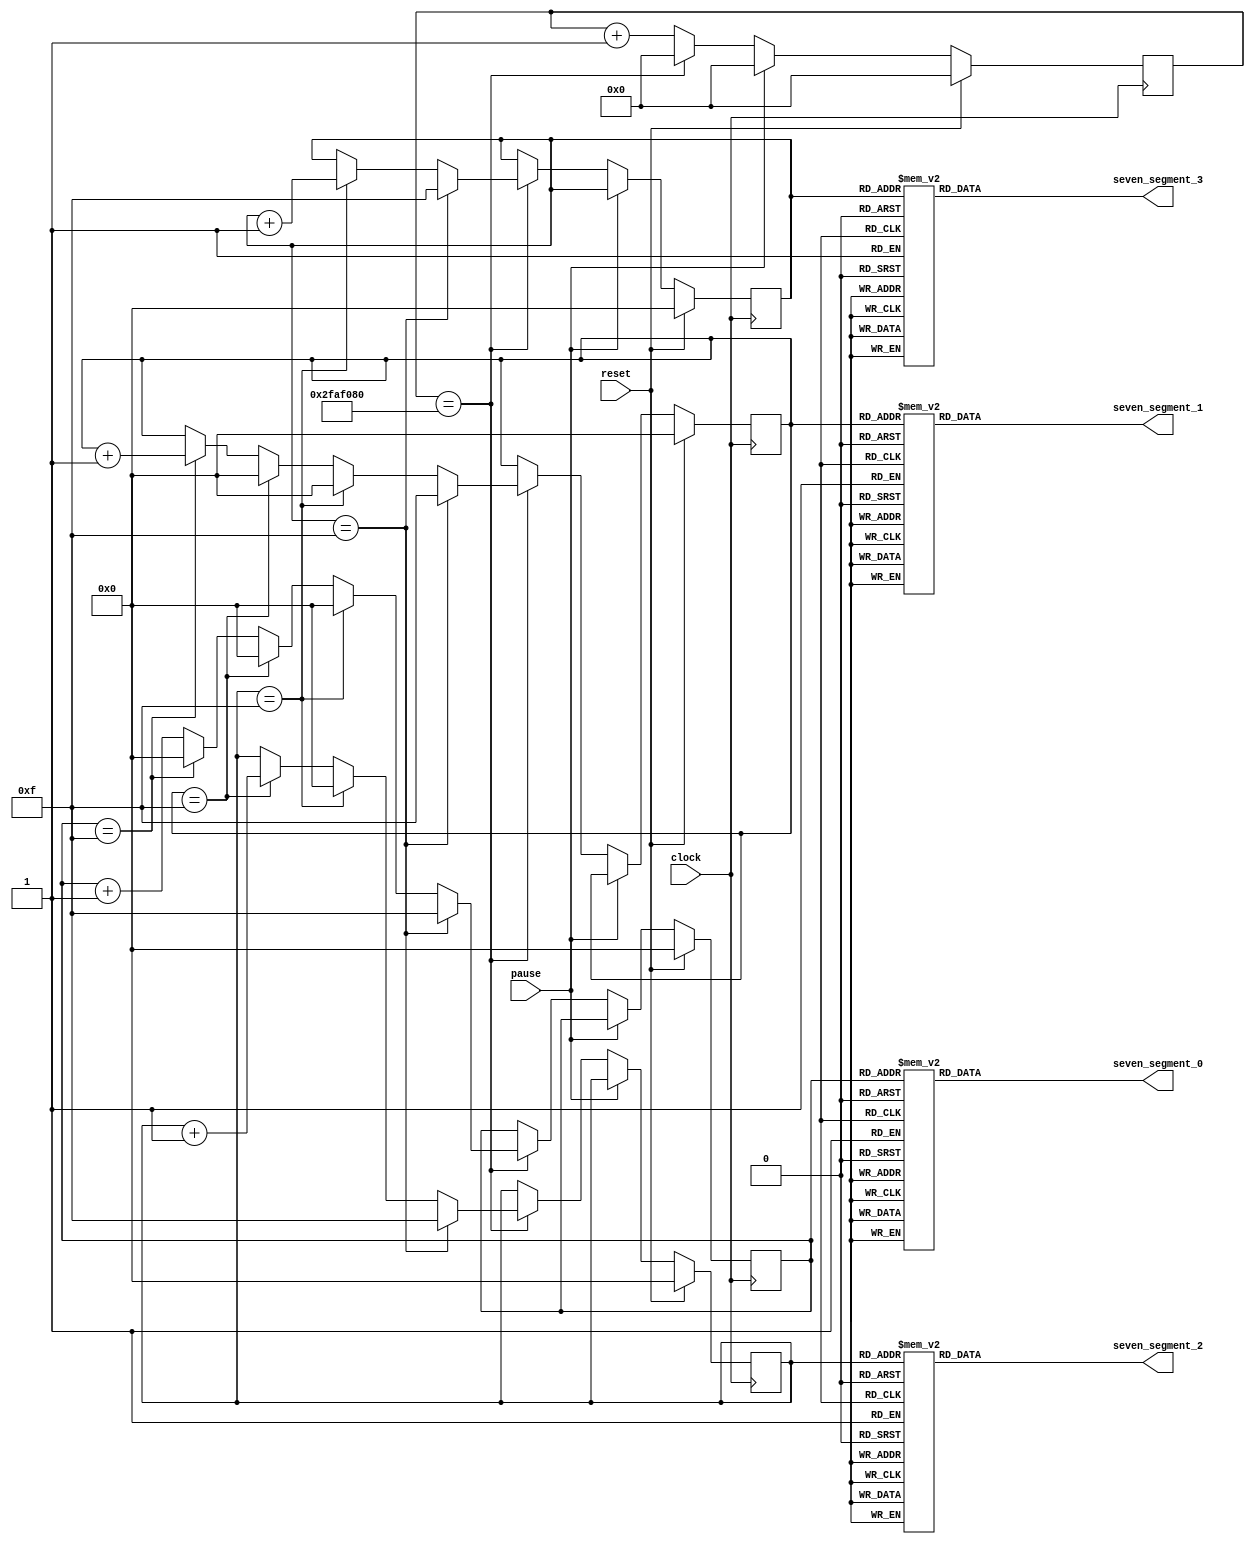
// Group 3 CPE102L/A13
module hexadecimal_stopwatch (clock, pause, reset, seven_segment_0, seven_segment_1, seven_segment_2, seven_segment_3);

// Inputs: 50 MHZ Clock, SW0 for the Pause Switch, SW1 for the Reset Switch
input clock, pause, reset;

// Outputs: Four Seven Segment, Cathode
output reg [6:0]seven_segment_0;
output reg [6:0]seven_segment_1;
output reg [6:0]seven_segment_2;
output reg [6:0]seven_segment_3;

// Creates the input code
reg [3:0] seven_segment_register_0;
reg [3:0] seven_segment_register_1;
reg [3:0] seven_segment_register_2;
reg [3:0] seven_segment_register_3;


// Timer for the clock, Since the Clock is 50 MHZ, one clock cycle would be 50,000,000
reg [32:0] clock_counter;
localparam clock_cycle = 50000000;

// Binary form for each hexadecimal values
localparam	H0 = 7'b1000000,
			H1 = 7'b1111001,
			H2 = 7'b0100100,
			H3 = 7'b0110000,
			H4 = 7'b1001100,
			H5 = 7'b0100100,
			H6 = 7'b0100000,
			H7 = 7'b0001111,
			H8 = 7'b0000000,
			H9 = 7'b0000100,
			HA = 7'b0001000,
			HB = 7'b1100000,
			HC = 7'b0110001,
			HD = 7'b1000010,
			HE = 7'b0110000,
			HF = 7'b0111000;

// BCD of each input
localparam	S0 = 4'b0000,
			S1 = 4'b0001,
			S2 = 4'b0010,
			S3 = 4'b0011,
			S4 = 4'b0100,
			S5 = 4'b0101,
			S6 = 4'b0110,
			S7 = 4'b0111,
			S8 = 4'b1000,
			S9 = 4'b1001,
			SA = 4'b1010,
			SB = 4'b1011,
			SC = 4'b1100,
			SD = 4'b1101,
			SE = 4'b1110,
			SF = 4'b1111;

always @ (*) begin

	// Translates the input of seven_segment_0 to a hexadecimal output
	case (seven_segment_register_0)
		S0: seven_segment_0 <= H0;
		S1: seven_segment_0 <= H1;
		S2: seven_segment_0 <= H2;
		S3: seven_segment_0 <= H3;
		S4: seven_segment_0 <= H4;
		S5: seven_segment_0 <= H5;
		S6: seven_segment_0 <= H6;
		S7: seven_segment_0 <= H7;
		S8: seven_segment_0 <= H8;
		S9: seven_segment_0 <= H9;
		SA: seven_segment_0 <= HA;
		SB: seven_segment_0 <= HB; 
		SC: seven_segment_0 <= HC;
		SD: seven_segment_0 <= HD;
		SE: seven_segment_0 <= HE; 
		SF: seven_segment_0 <= HF; 
		default: seven_segment_0 <= H0;
	endcase
	
	// Translates the input of seven_segment_1 to a hexadecimal output
	case (seven_segment_register_1)
		S0: seven_segment_1 <= H0;
		S1: seven_segment_1 <= H1;
		S2: seven_segment_1 <= H2;
		S3: seven_segment_1 <= H3;
		S4: seven_segment_1 <= H4;
		S5: seven_segment_1 <= H5;
		S6: seven_segment_1 <= H6;
		S7: seven_segment_1 <= H7;
		S8: seven_segment_1 <= H8;
		S9: seven_segment_1 <= H9;
		SA: seven_segment_1 <= HA;
		SB: seven_segment_1 <= HB; 
		SC: seven_segment_1 <= HC;
		SD: seven_segment_1 <= HD;
		SE: seven_segment_1 <= HE; 
		SF: seven_segment_1 <= HF; 
		default: seven_segment_1 <= H0;
	endcase

	// Translates the input of seven_segment_2 to a hexadecimal output
	case (seven_segment_register_2)
		S0: seven_segment_2 <= H0;
		S1: seven_segment_2 <= H1;
		S2: seven_segment_2 <= H2;
		S3: seven_segment_2 <= H3;
		S4: seven_segment_2 <= H4;
		S5: seven_segment_2 <= H5;
		S6: seven_segment_2 <= H6;
		S7: seven_segment_2 <= H7;
		S8: seven_segment_2 <= H8;
		S9: seven_segment_2 <= H9;
		SA: seven_segment_2 <= HA;
		SB: seven_segment_2 <= HB; 
		SC: seven_segment_2 <= HC;
		SD: seven_segment_2 <= HD;
		SE: seven_segment_2 <= HE; 
		SF: seven_segment_2 <= HF; 
		default: seven_segment_2 <= H0;
	endcase

	// Translates the input of seven_segment_3 to a hexadecimal output
	case (seven_segment_register_3)
		S0: seven_segment_3 <= H0;
		S1: seven_segment_3 <= H1;
		S2: seven_segment_3 <= H2;
		S3: seven_segment_3 <= H3;
		S4: seven_segment_3 <= H4;
		S5: seven_segment_3 <= H5;
		S6: seven_segment_3 <= H6;
		S7: seven_segment_3 <= H7;
		S8: seven_segment_3 <= H8;
		S9: seven_segment_3 <= H9;
		SA: seven_segment_3 <= HA;
		SB: seven_segment_3 <= HB; 
		SC: seven_segment_3 <= HC;
		SD: seven_segment_3 <= HD;
		SE: seven_segment_3 <= HE; 
		SF: seven_segment_3 <= HF; 
		default: seven_segment_3 <= H0;
	endcase
end

always @ (posedge clock) begin

	// If the reset switch [SW1] is on, the clock counter and all the registers of the seven segment will return to zero.
	if (reset == 1) begin
		clock_counter <= 0;
		seven_segment_register_0 <= S0; 
		seven_segment_register_1 <= S0;
		seven_segment_register_2 <= S0;
		seven_segment_register_3 <= S0;
	// If the pause switch [SW0] is on, the clock counter would return to zero, while the segment registers will keep their values
	end else if (pause == 1) begin
		clock_counter <= 0;
		seven_segment_register_0 <= seven_segment_register_0; 
		seven_segment_register_1 <= seven_segment_register_1;
		seven_segment_register_2 <= seven_segment_register_2;
		seven_segment_register_3 <= seven_segment_register_3;
	/*
	The stopwatch function:
	
	The clock counter will count until one clock cycle
	If seven_segment_register_0 is not 7'b1111111, it will increment until it is equal to the condition
	Once the condition is met, the seven_segment_register_0 will reset to zero and increment the next register
	This goes the same for all register until seven_segment_register_3, which will hold the values until reset
	*/
	end else begin
		clock_counter <= clock_counter + 1;
		if (clock_counter == clock_cycle) begin 
			if (seven_segment_register_0 == SF) begin
				seven_segment_register_0 <= 0;
				seven_segment_register_1 <= seven_segment_register_1 + 1;
				clock_counter <= 0;
			end else begin
				seven_segment_register_0 <= seven_segment_register_0 + 1;
				clock_counter <= 0;
			end
			
			if (seven_segment_register_1 == SF) begin
				seven_segment_register_0 <= 0;
				seven_segment_register_1 <= 0;
				seven_segment_register_2 <= seven_segment_register_2 + 1;
				clock_counter <= 0;
			end
			
			if (seven_segment_register_2 == SF) begin
				seven_segment_register_0 <= 0;
				seven_segment_register_1 <= 0;
				seven_segment_register_2 <= 0;
				seven_segment_register_3 <= seven_segment_register_3 + 1;
				clock_counter <= 0;
			end
			
			if (seven_segment_register_3 == SF) begin
				seven_segment_register_0 <= SF;
				seven_segment_register_1 <= SF;
				seven_segment_register_2 <= SF;
				seven_segment_register_3 <= SF;
				clock_counter <= 0;
			end
		end
	end
end

endmodule